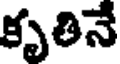
కృతినే